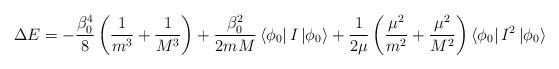
LaTeX: \begin{align*}\Delta E=-\frac {\beta_0^4}8\left(\frac 1{m^3}+\frac 1{M^3}\right)+\frac {\beta_0^2}{2mM}\left<\phi_0\right|I\left|\phi_0\right>+\frac 1{2\mu}\left(\frac {\mu^2}{m^2}+\frac {\mu^2}{M^2}\right)\left<\phi_0\right|I^2\left|\phi_0\right>\end{align*}